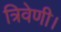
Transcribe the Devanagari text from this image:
त्रिवेणी।